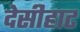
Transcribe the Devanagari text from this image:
देसीहाट